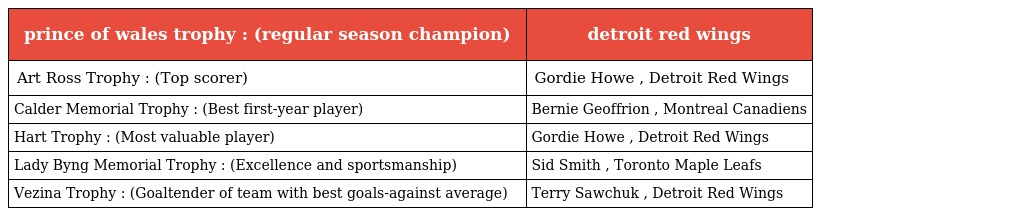
| prince of wales trophy : (regular season champion) | detroit red wings |
 | --- | --- |
 | Art Ross Trophy : (Top scorer) | Gordie Howe , Detroit Red Wings |
 | Calder Memorial Trophy : (Best first-year player) | Bernie Geoffrion , Montreal Canadiens |
 | Hart Trophy : (Most valuable player) | Gordie Howe , Detroit Red Wings |
 | Lady Byng Memorial Trophy : (Excellence and sportsmanship) | Sid Smith , Toronto Maple Leafs |
 | Vezina Trophy : (Goaltender of team with best goals-against average) | Terry Sawchuk , Detroit Red Wings |